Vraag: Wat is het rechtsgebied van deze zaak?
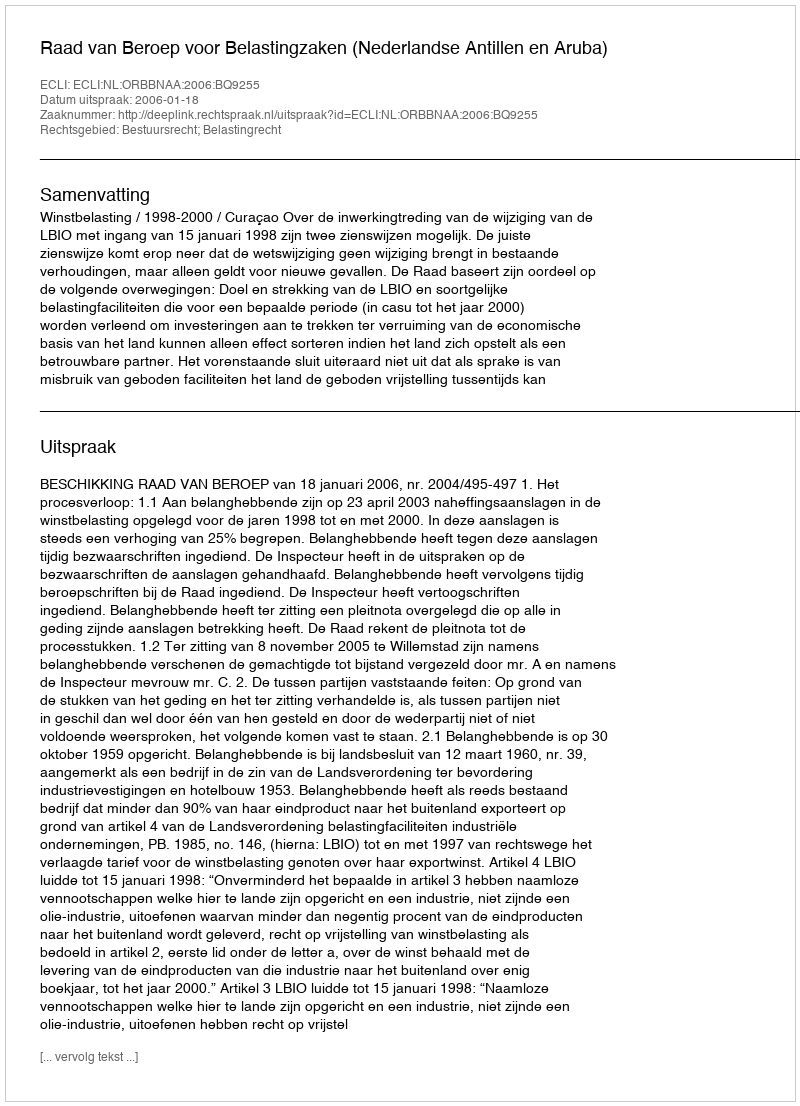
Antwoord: Bestuursrecht; Belastingrecht